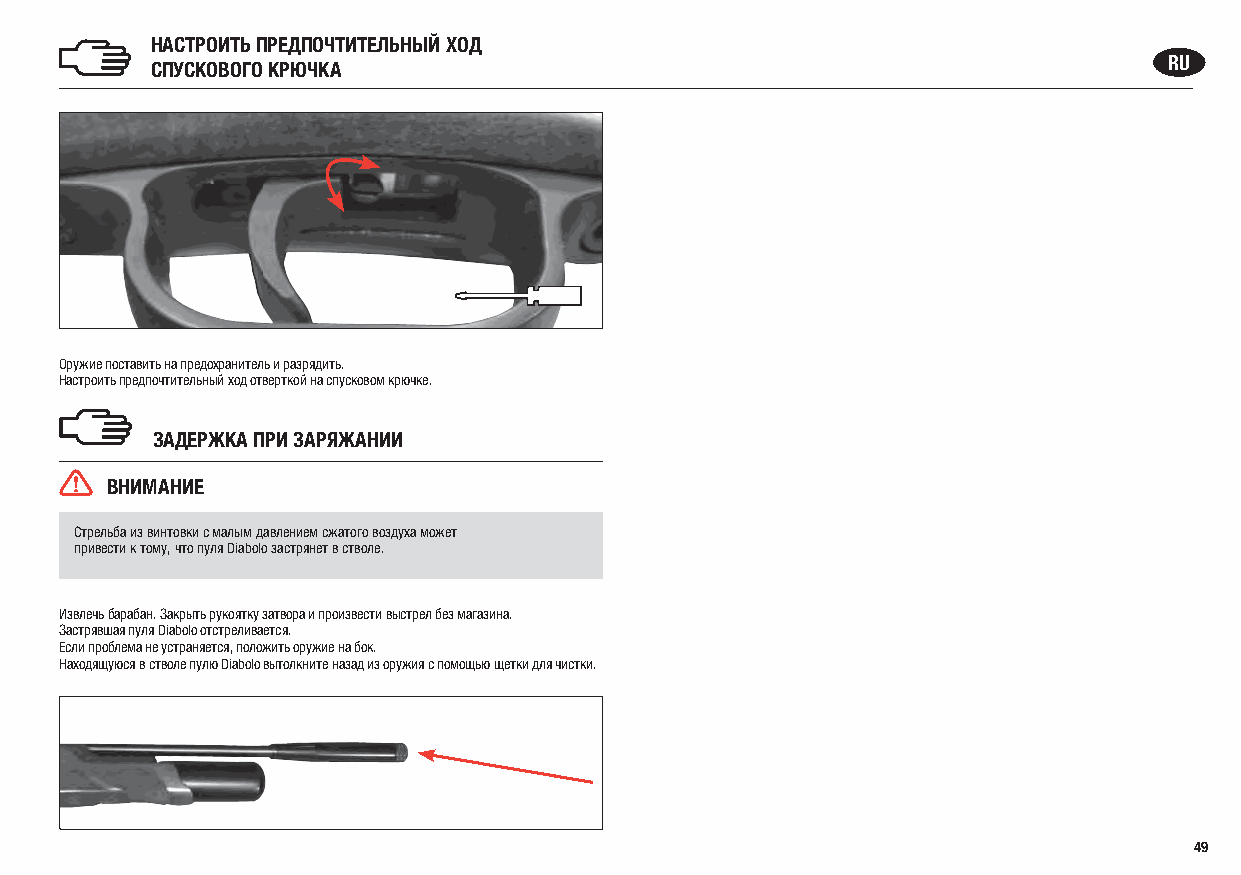
НАСТРОИТЬ ПРЕДПОЧТИТЕЛЬНЫЙ ХОД
 СПУСКОВОГО КРЮЧКА                                                  RU
 Оружие поставить на предохранитель и разрядить.
 Настроить предпочтительный ход отверткой на спусковом крючке.
 ЗАДЕРЖКА ПРИ ЗАРЯЖАНИИ
 ВНИМАНИЕ
 Стрельба из винтовки с малым давлением сжатого воздуха может
 привести к тому, что пуля Diabolo застрянет в стволе.
 Извлечь барабан. Закрыть рукоятку затвора и произвести выстрел без магазина.
 Застрявшая пуля Diabolo отстреливается.
 Если проблема не устраняется, положить оружие на бок.
 Находящуюся в стволе пулю Diabolo вытолкните назад из оружия с помощью щетки для чистки.
 49